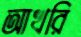
আখরি